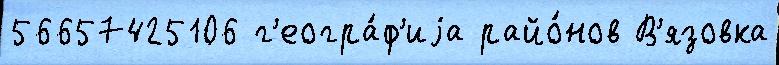
56657425106 г'еогра́ф'иjа райо́нов В'язовка